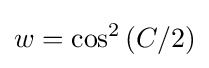
w=\cos ^{2}\left(C/2\right)